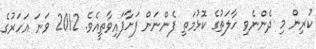
ކުރިން މި ދެންނެވި ހާލަތުގެ ކޮޅުމަތި ފެންނަން ފަށާފައިވާތީއެވެ. 2012 ވަނަ އަހަރުގެ